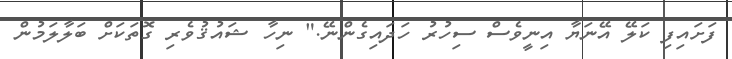
ފަށައިފި ކަލޭ އޭނަޔާ އިނީވެސް ސިހުރު ހަދައިގެންނޭ." ނިހާ ޝައުޤުވެރި ގޮތަކަށް ބަލާލަމުން